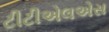
ટીટીએલએસ